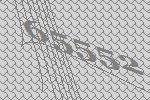
65552